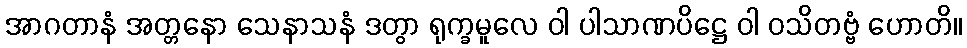
အာဂတာနံ အတ္တနော သေနာသနံ ဒတွာ ရုက္ခမူလေ ဝါ ပါသာဏပိဋ္ဌေ ဝါ ဝသိတဗ္ဗံ ဟောတိ။